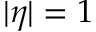
| \eta | = 1